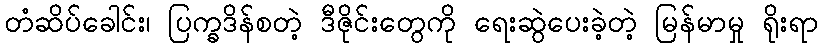
တံဆိပ်ခေါင်း၊ ပြက္ခဒိန်စတဲ့ ဒီဇိုင်းတွေကို ရေးဆွဲပေးခဲ့တဲ့ မြန်မာမှု ရိုးရာ